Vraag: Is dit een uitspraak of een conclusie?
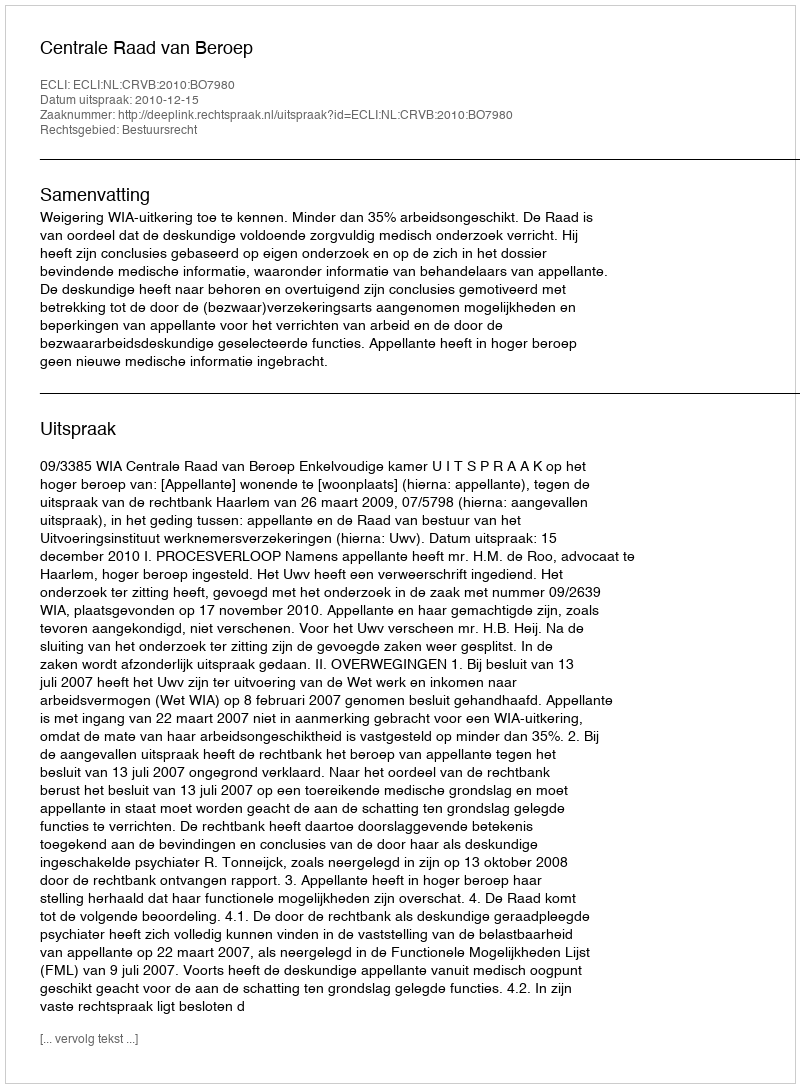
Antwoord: Uitspraak